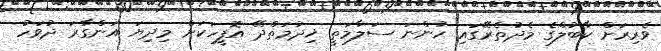
ވެރިރަށް ކާބުލްގެ މެދުތެރޭގައި ހުންނަ ސަލާމަތީ ޚިދުމަތްދޭ އޮފީހަކަށް މިދިޔަ އަންގާރަ ދުވަހު